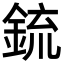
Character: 鋶